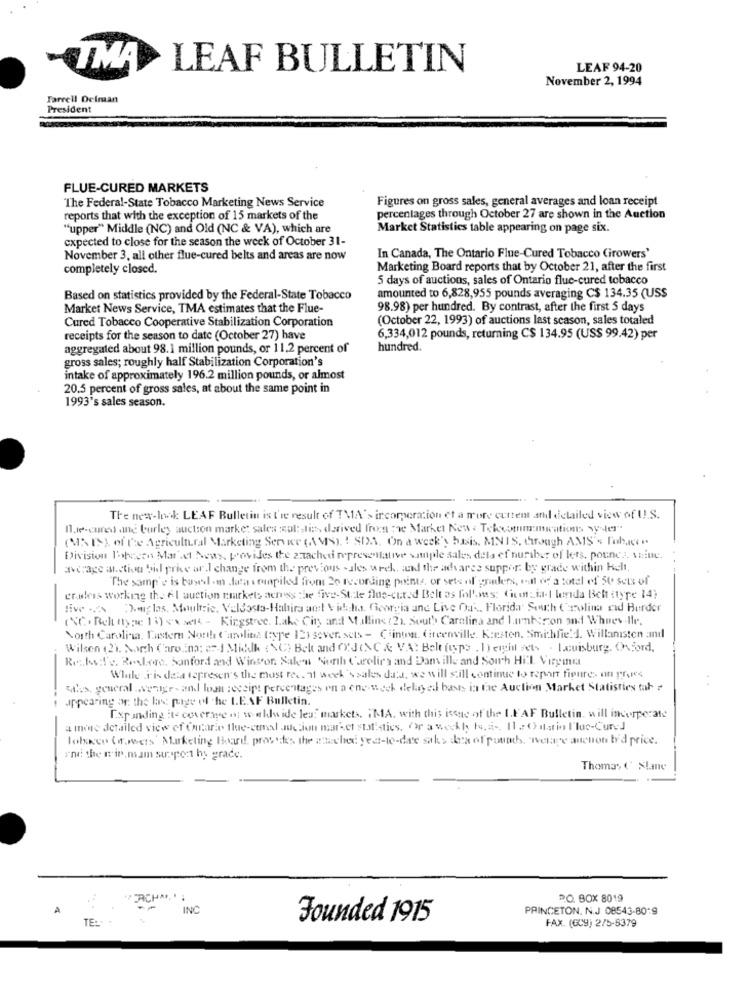
TMA
LEAF BULLETIN
LEAF 94-20
November 2, 1994
Farrell Delman
President
FLUE-CURED MARKETS
Figures on gross sales, general averages and loan receipt
The Federal-State Tobacco Marketing News Service
reports that with the exception of 15 markets of the
percentages through October 27 are shown in the Auction
"upper" Middle (NC) and Old (NC & VA), which are
Market Statistics table appearing on page six.
expected to close for the season the week of October 31-
November 3. all other flue-cured belts and areas are now
In Canada, The Ontario Flue-Cured Tobacco Growers'
completely closed.
Marketing Board reports that by October 21, after the first
5 days of auctions, sales of Ontario fluc-cured tobacco
Based on statistics provided by the Federal-State Tobacco
amounted to 6,828,955 pounds averaging C$ 134.35 (USS
Market News Service, TMA estimates that the Flue-
98.98) per hundred. By contrast, after the first 5 days
Cured Tobacco Cooperative Stabilization Corporation
(October 22, 1993) of auctions last season, sales totaled
receipts for the season to date (October 27) have
6,334,012 pounds, returning C$ 134.95 (US$ 99.42) per
aggregated about 98.1 million pounds, or 11.2 percent of
hundred.
gross sales; roughly half Stabilization Corporation's
intake of approximately 196.2 million pounds, or almost
20.5 percent of gross sales, at about the same point in
1993's sales season.
The new-look LEAF Bulletin is the result of TMA's incorporation et a more curtem and detailed view of IL.S.
I.je-cured and burley auction market sales col: ti:>, derived froma "we Market New . Tekcommemwaticms wyser"
(MAIS) of the Agricultural Marketing Service (MS), ! SIA. On a week'y huis. MNIS, though AMIS's Palace ..
Division Tobeeen Maradt News, provides the zzache representative sample sales dela ef nuriber of lers, pounds. VEite.
average alstion bil price ar.I change from the previous -ales week, add the advares suppor: by grace within Kelt,
The samp'e is based -m lata seupiled from 20 recording points, or sets of grinders, i-all of a total of 50 sets of
er.aleis working the 6l auction markets across the five-Stile flue-cured Belt as fhl's: Cicoria-I lenda Belt styre 14}
live . Douglas, Moultrie, Valdosta-Habira adet Vida, Georgia ane Live Ou -, Florida South Carolina ed Burder
(NC. Relt ttype 15) \ sel - Kingstree. Lake City and Mullins (21. South Carolina and Lunk:rion and Whuev.Ilr.
North Carolina. Lastern North Carolina toype 12isover. sets - Clinton, Greenville. Kersten. Smithfield. Willaniston and
Wilson (2). North Carolina: 2- 4 Millk { \C) Belt and CYJCNC & VA: Belt isps . Deight sets . Louisburg. Oxford,
Resto:l'e, Restore, Sanford and Winston Salen North Carolina and Dam ille and Sourh Hill. Virginia
While His desa ispresen's the most res. of week'ssales data, we will still continue to report figures on proces
whs, general .. wenige- and loan receipt percentages on a one week delay eil basis in fac Auction Market Statisties tab
appearing of the last page of the LEAF Bulletin.
[.xp anding :te coverage is; weekly ide les:" markets, ; MA. with this issue of the I.FAF Bulletin, will incorporate
a more detailed view of Carara the-cemel auction market statistics, Or a weekly to, a -, 11 20} dati l'luc-Cured
lobisco (ffmets' Marketing Board, provides the ahached yest-to-date saks dea of pounds, welage auenon ty'd price.
and the rip. mam support by grace.
Thomas ( Slane
"PERCHM' ;
PO. BOX 8019
A
INC
PRINCETON, N.J 08543-80-9
TE ..
Founded 1915
FAX. (GC9) 275-8379